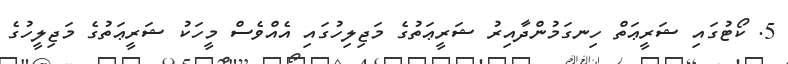
5. ކޯޓުގައި ޝަރީޢަތް ހިނގަމުންދާއިރު ޝަރީޢަތުގެ މަޖިލިހުގައި އެއްވެސް މީހަކު ޝަރީޢަތުގެ މަޖިލީހުގެ